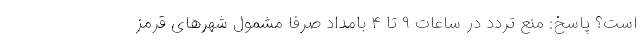
است؟ پاسخ: منع تردد در ساعات ۹ تا ۴ بامداد صرفا مشمول شهرهای قرمز